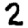
Digit: 2